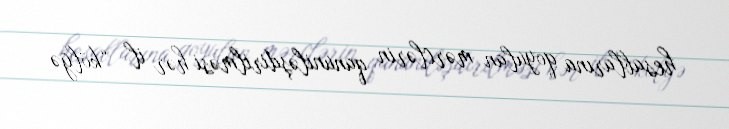
hesablarına qoyulan mərclərin qanuniləşdirilməsi hər il “kölgə